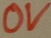
Text: 0V